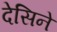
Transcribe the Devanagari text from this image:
देसिने